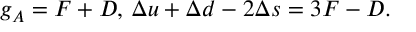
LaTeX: g _ { A } = F + D , \, \Delta u + \Delta d - 2 \Delta s = 3 F - D .